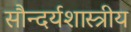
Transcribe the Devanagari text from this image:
सौन्दर्यशास्त्रीय